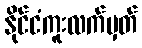
နိုင်ငံကူးလက်မှတ်